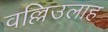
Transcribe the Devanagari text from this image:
वल्लिउलाह